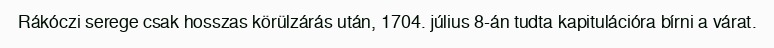
Rákóczi serege csak hosszas körülzárás után, 1704. július 8-án tudta kapitulációra bírni a várat.